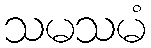
သမသမံ